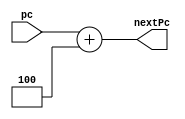
module SOMA4(
	input wire[31:0] pc,
	output wire[31:0] nextPc
);


assign nextPc = (pc + 4'b0100);

endmodule